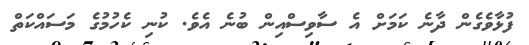
ފުޅާވެގެން ދާނެ ކަމަށް އެ ސާވިސްއިން ބުނެ އެވެ. ކުނި ކެހުމުގެ މަސައްކަތް